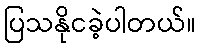
ပြသနိုငခဲ့ပါတယ်။